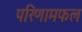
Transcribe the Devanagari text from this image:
परिणामफल